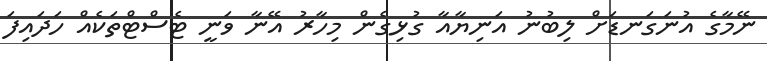
ނޭމާގެ އުނަގަނޑަށް ލިބުނު އަނިޔާއާ ގުޅިގެން މިހާރު އޭނާ ވަނީ ޓެސްޓްތަކެއް ހަދައިފަ